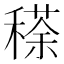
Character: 䅷